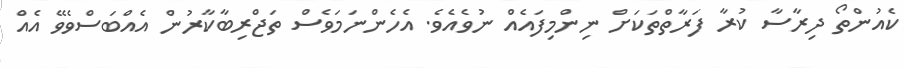
ކެއުންތޯ ދިރާސާ ކުރާ ފަރާތްތަކަށް ނިންމިފައެއް ނުވެއެވެ. އެހެންނަމަވެސް ތަޖްރިބާކާރުން އެއްބަސްވެވޭ އެއް